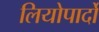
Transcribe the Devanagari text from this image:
लियोपार्दो